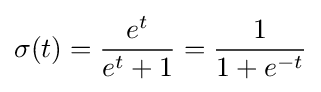
\sigma (t)={\frac {e^{t}}{e^{t}+1}}={\frac {1}{1+e^{-t}}}